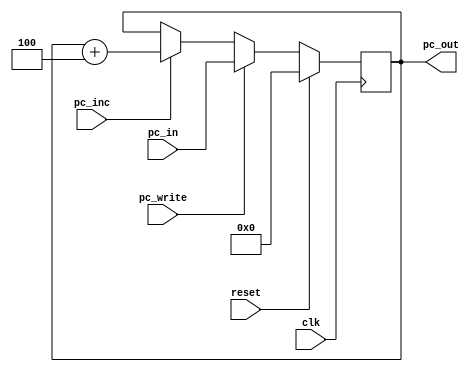
module pc_reg (
    input wire clk,             // Clock signal
    input wire reset,           // Synchronous reset signal
    input wire [31:0] pc_in,    // Input value for PC (for jumps and branches)
    input wire pc_write,        // Control signal to enable writing to the PC
    input wire pc_inc,          // Control signal to increment the PC
    output reg [31:0] pc_out    // Current value of PC
);

    // On every rising edge of the clock...
    always @(posedge clk) begin
        if (reset) begin
            // If reset is high, set PC to 0
            pc_out <= 32'b0;
        end
        else if (pc_write) begin
            // If pc_write is enabled, load the PC with the input value
            pc_out <= pc_in;
        end
        else if (pc_inc) begin
            // If pc_inc is enabled, increment the PC by 4 (to point to the next instruction)
            pc_out <= pc_out + 32'd4;
        end
    end

endmodule